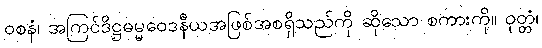
ဝစနံ၊ အကြင်ဒိဋ္ဌဓမ္မဝေဒနီယအဖြစ်အစရှိသည်ကို ဆိုသော စကားကို။ ဝုတ္တံ၊